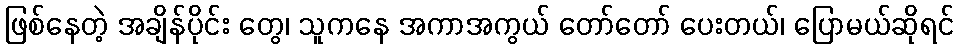
ဖြစ်နေတဲ့ အချိန်ပိုင်း တွေ၊ သူကနေ အကာအကွယ် တော်တော် ပေးတယ်၊ ပြောမယ်ဆိုရင်